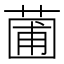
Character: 𬝟